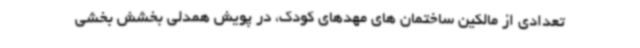
تعدادی از مالکین ساختمان های مهدهای کودک، در پویش همدلی بخشش بخشی